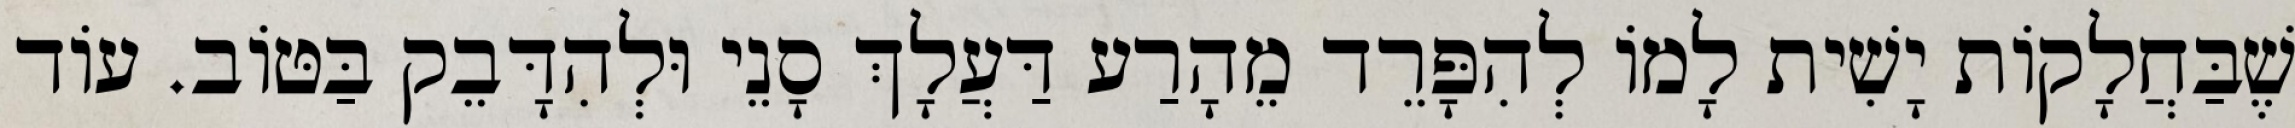
שֶׁבַּחֲלָקוֹת יָשִׁית לָמוֹ לְהִפָּרֵד מֵהָרַע דַּעֲלָךְ סָנֵי וּלְהִדָּבֵק בַּטּוֹב. עוֹד